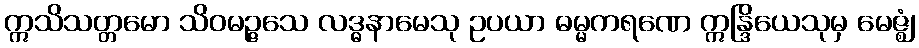
ဣသိသတ္တမော သိဝမဉ္ဇသေ လဒ္ဓနာမေသု ဥပယာ ဓမ္မကရဏေ ဣန္ဒြိယေသုမှ မေဇ္ဈံ